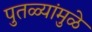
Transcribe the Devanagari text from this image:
पुतळ्यांमुळे